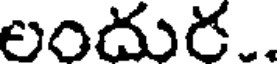
లందుర..